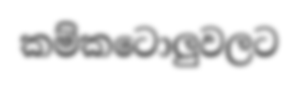
කම්කටොලුවලට